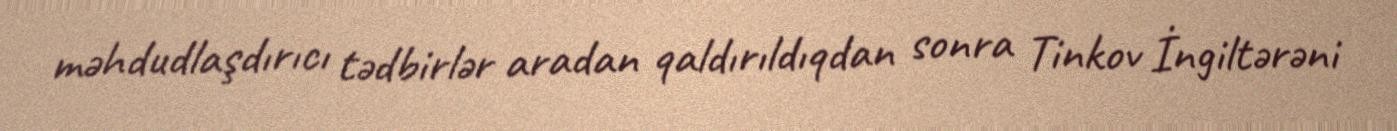
məhdudlaşdırıcı tədbirlər aradan qaldırıldıqdan sonra Tinkov İngiltərəni